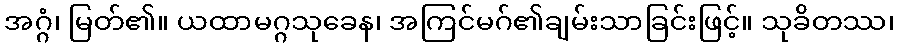
အဂ္ဂံ၊ မြတ်၏။ ယထာမဂ္ဂသုခေန၊ အကြင်မဂ်၏ချမ်းသာခြင်းဖြင့်။ သုခိတဿ၊